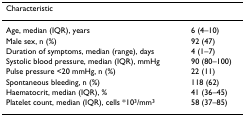
| Characteristic |  |
 | --- | --- |
 | Age, median (IQR), years | 6 (4–10) |
 | Male sex, n (%) | 92 (47) |
 | Duration of symptoms, median (range), days | 4 (1–7) |
 | Systolic blood pressure, median (IQR), mmHg | 90 (80–100) |
 | Pulse pressure <20 mmHg, n (%) | 22 (11) |
 | Spontaneous bleeding, n (%) | 118 (62) |
 | Haematocrit, median (IQR), % | 41 (36–45) |
 | Platelet count, median (IQR), cells *103/mm3 | 58 (37–85) |